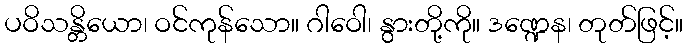
ပဝိသန္တိယော၊ ဝင်ကုန်သော။ ဂါဝေါ၊ နွားတို့ကို။ ဒဏ္ဍေန၊ တုတ်ဖြင့်။